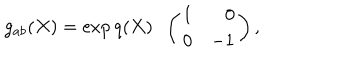
LaTeX: g _ { a b } ( X ) = \exp { q ( X ) } \; \; \left( \begin{array} { c r } { { 1 } } & { { 0 } } \\ { { 0 } } & { { - 1 } } \\ \end{array} \right) ,